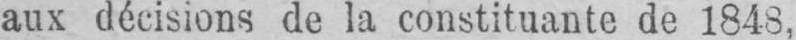
aux décisions de la constituante de 1843,